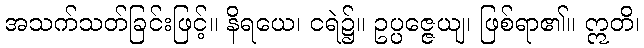
အသက်သတ်ခြင်းဖြင့်။ နိရယေ၊ ငရဲ၌။ ဥပ္ပဇ္ဇေယျ၊ ဖြစ်ရာ၏။ ဣတိ၊